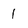
Character: 1